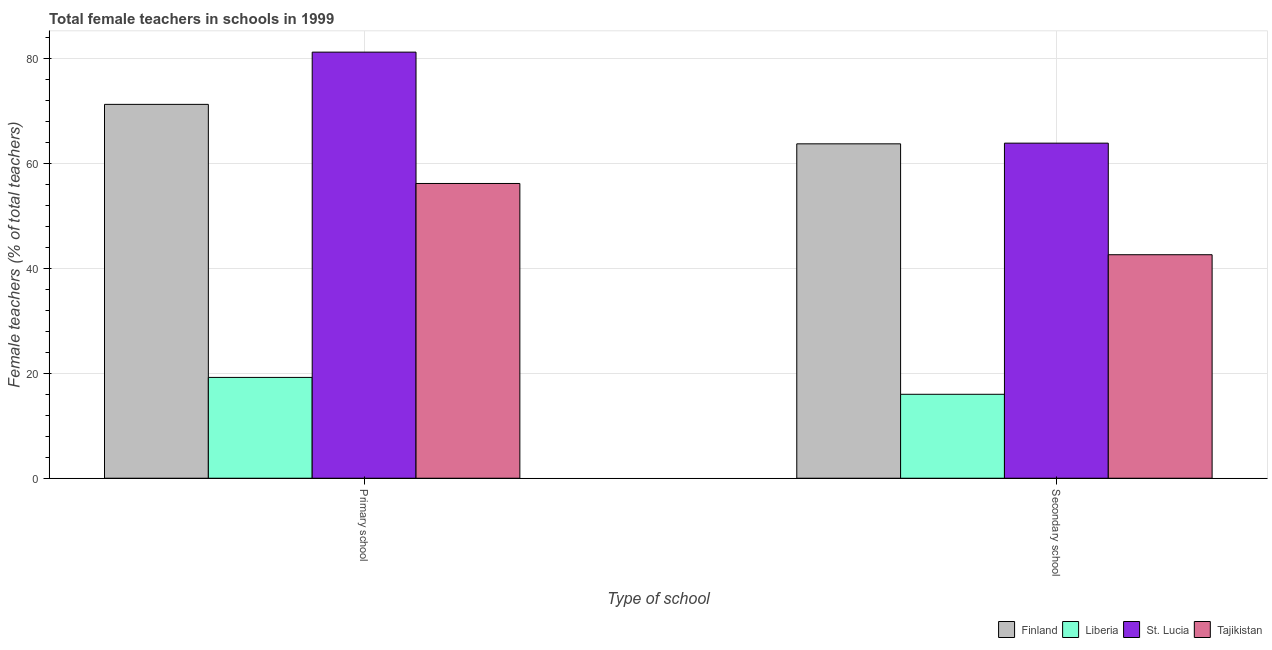
| Type of school | Finland | Liberia | St. Lucia | Tajikistan |
 | --- | --- | --- | --- | --- |
 | Primary school | 71.2 | 19.2 | 81.2 | 56.1 |
 | Secondary school | 63.7 | 16 | 63.8 | 42.6 |